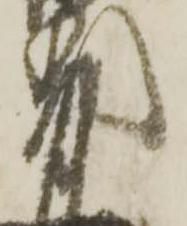
茂